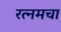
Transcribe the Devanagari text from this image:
रत्नमचा